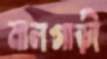
মালগাড়ী